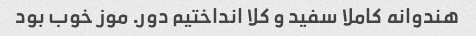
هندوانه کاملا سفید و کلا انداختیم دور. موز خوب بود